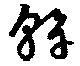
幹